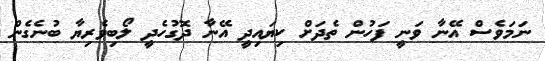
ނަަމަވެސް އޭނާ ވަނީ ފަހުން ތެދަށް ކިޔައިދީ އޭނާ ދޮގުހެދީ ލޯބިވެރިޔާ ބުނެގެން